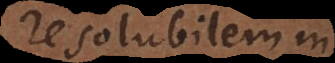
resolubilem in